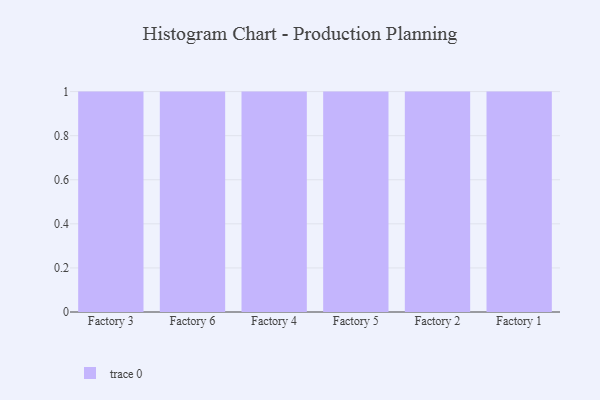
{"axis": {"x": "Factory", "y": "Bounce Rate (%)"}, "legend": [""], "data": [{"x": "Factory 3", "y": 80, "type": ""}, {"x": "Factory 6", "y": 34, "type": ""}, {"x": "Factory 4", "y": 98, "type": ""}, {"x": "Factory 5", "y": 98, "type": ""}, {"x": "Factory 2", "y": 60, "type": ""}, {"x": "Factory 1", "y": 33, "type": ""}]}